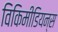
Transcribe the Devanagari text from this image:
विकिमीडियन्स